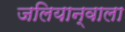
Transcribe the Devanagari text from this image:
जलियान्वाला